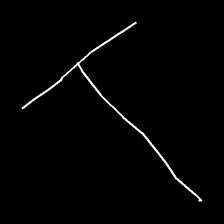
Glyph: column